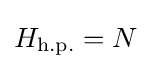
H_{\text{h.p.}}=N